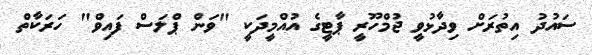
ސައުދު އިތުރަށް ވިދާޅުވީ ޖުމްހޫރީ ޕާޓީގެ އުއްމީދަކީ "ވަން ޕްލަސް ފައިވް" ހަރަކާތް